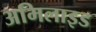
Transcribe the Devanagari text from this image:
अमिलाइड